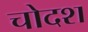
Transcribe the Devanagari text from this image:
चोदश